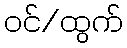
ဝင်/ထွက်